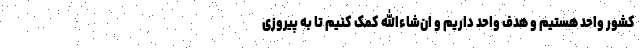
کشور واحد هستیم و هدف واحد داریم و ان‌شاءالله کمک کنیم تا به پیروزی